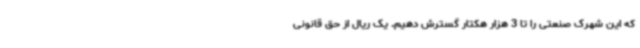
که این شهرک صنعتی را تا 3 هزار هکتار گسترش دهیم. یک ریال از حق قانونی